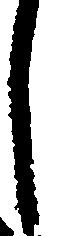
し